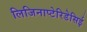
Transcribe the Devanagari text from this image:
लिजिनाप्टेरिडेसिई